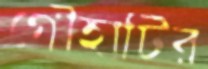
গৌহাটির